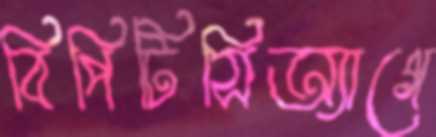
বিপিটিসিঅ্যাগে